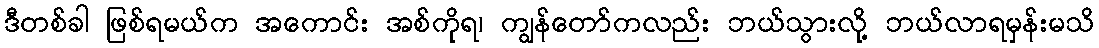
ဒီတစ်ခါ ဖြစ်ရမယ်က အကောင်း အစ်ကိုရ၊ ကျွန်တော်ကလည်း ဘယ်သွားလို့ ဘယ်လာရမှန်းမသိ